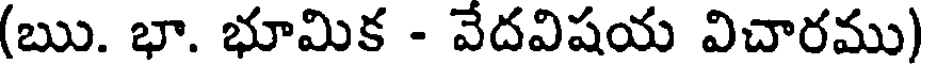
(ఋ. భా. భూమిక - వేదవిషయ విచారము)